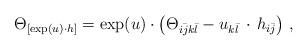
LaTeX: \begin{align*} \Theta_{[\exp(u)\cdot h]} = \exp(u)\cdot \left( \Theta_{i \bar j k \bar l} - u_{k \bar l} \, \cdot \, h_{i \bar j} \right) \, ,\end{align*}